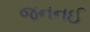
જનનઈ